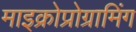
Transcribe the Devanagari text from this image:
माइक्रोप्रोग्रामिंग